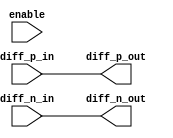
module differential_buffer (
    input wire diff_p_in,
    input wire diff_n_in,
    output wire diff_p_out,
    output wire diff_n_out,
    input wire enable
);

reg diff_p_out_reg;
reg diff_n_out_reg;

// Differential receiver
always @(diff_p_in or diff_n_in)
begin
    diff_p_out_reg <= diff_p_in;
    diff_n_out_reg <= diff_n_in;
end

// Differential transmitter
assign diff_p_out = diff_p_out_reg;
assign diff_n_out = diff_n_out_reg;

endmodule